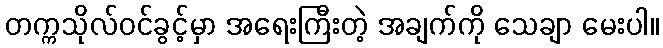
တက္ကသိုလ်ဝင်ခွင့်မှာ အရေးကြီးတဲ့ အချက်ကို သေချာ မေးပါ။